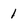
Character: 1